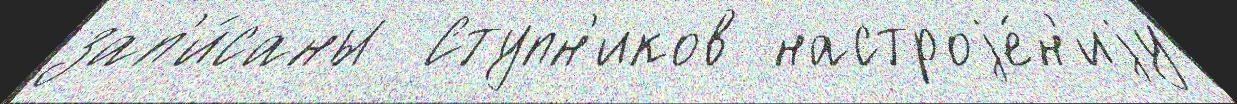
зап'и́саны  Ступн'иков настроjе́н'иjу